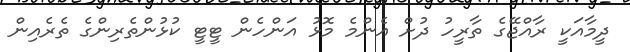
ދީމާއަކީ ރާއްޖޭގެ ތާރީހު ދުށް އެންމެ މޮޅު އަންހެން ޓީޓީ ކުޅުންތެރިންގެ ތެރެއިން